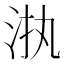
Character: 𱦊